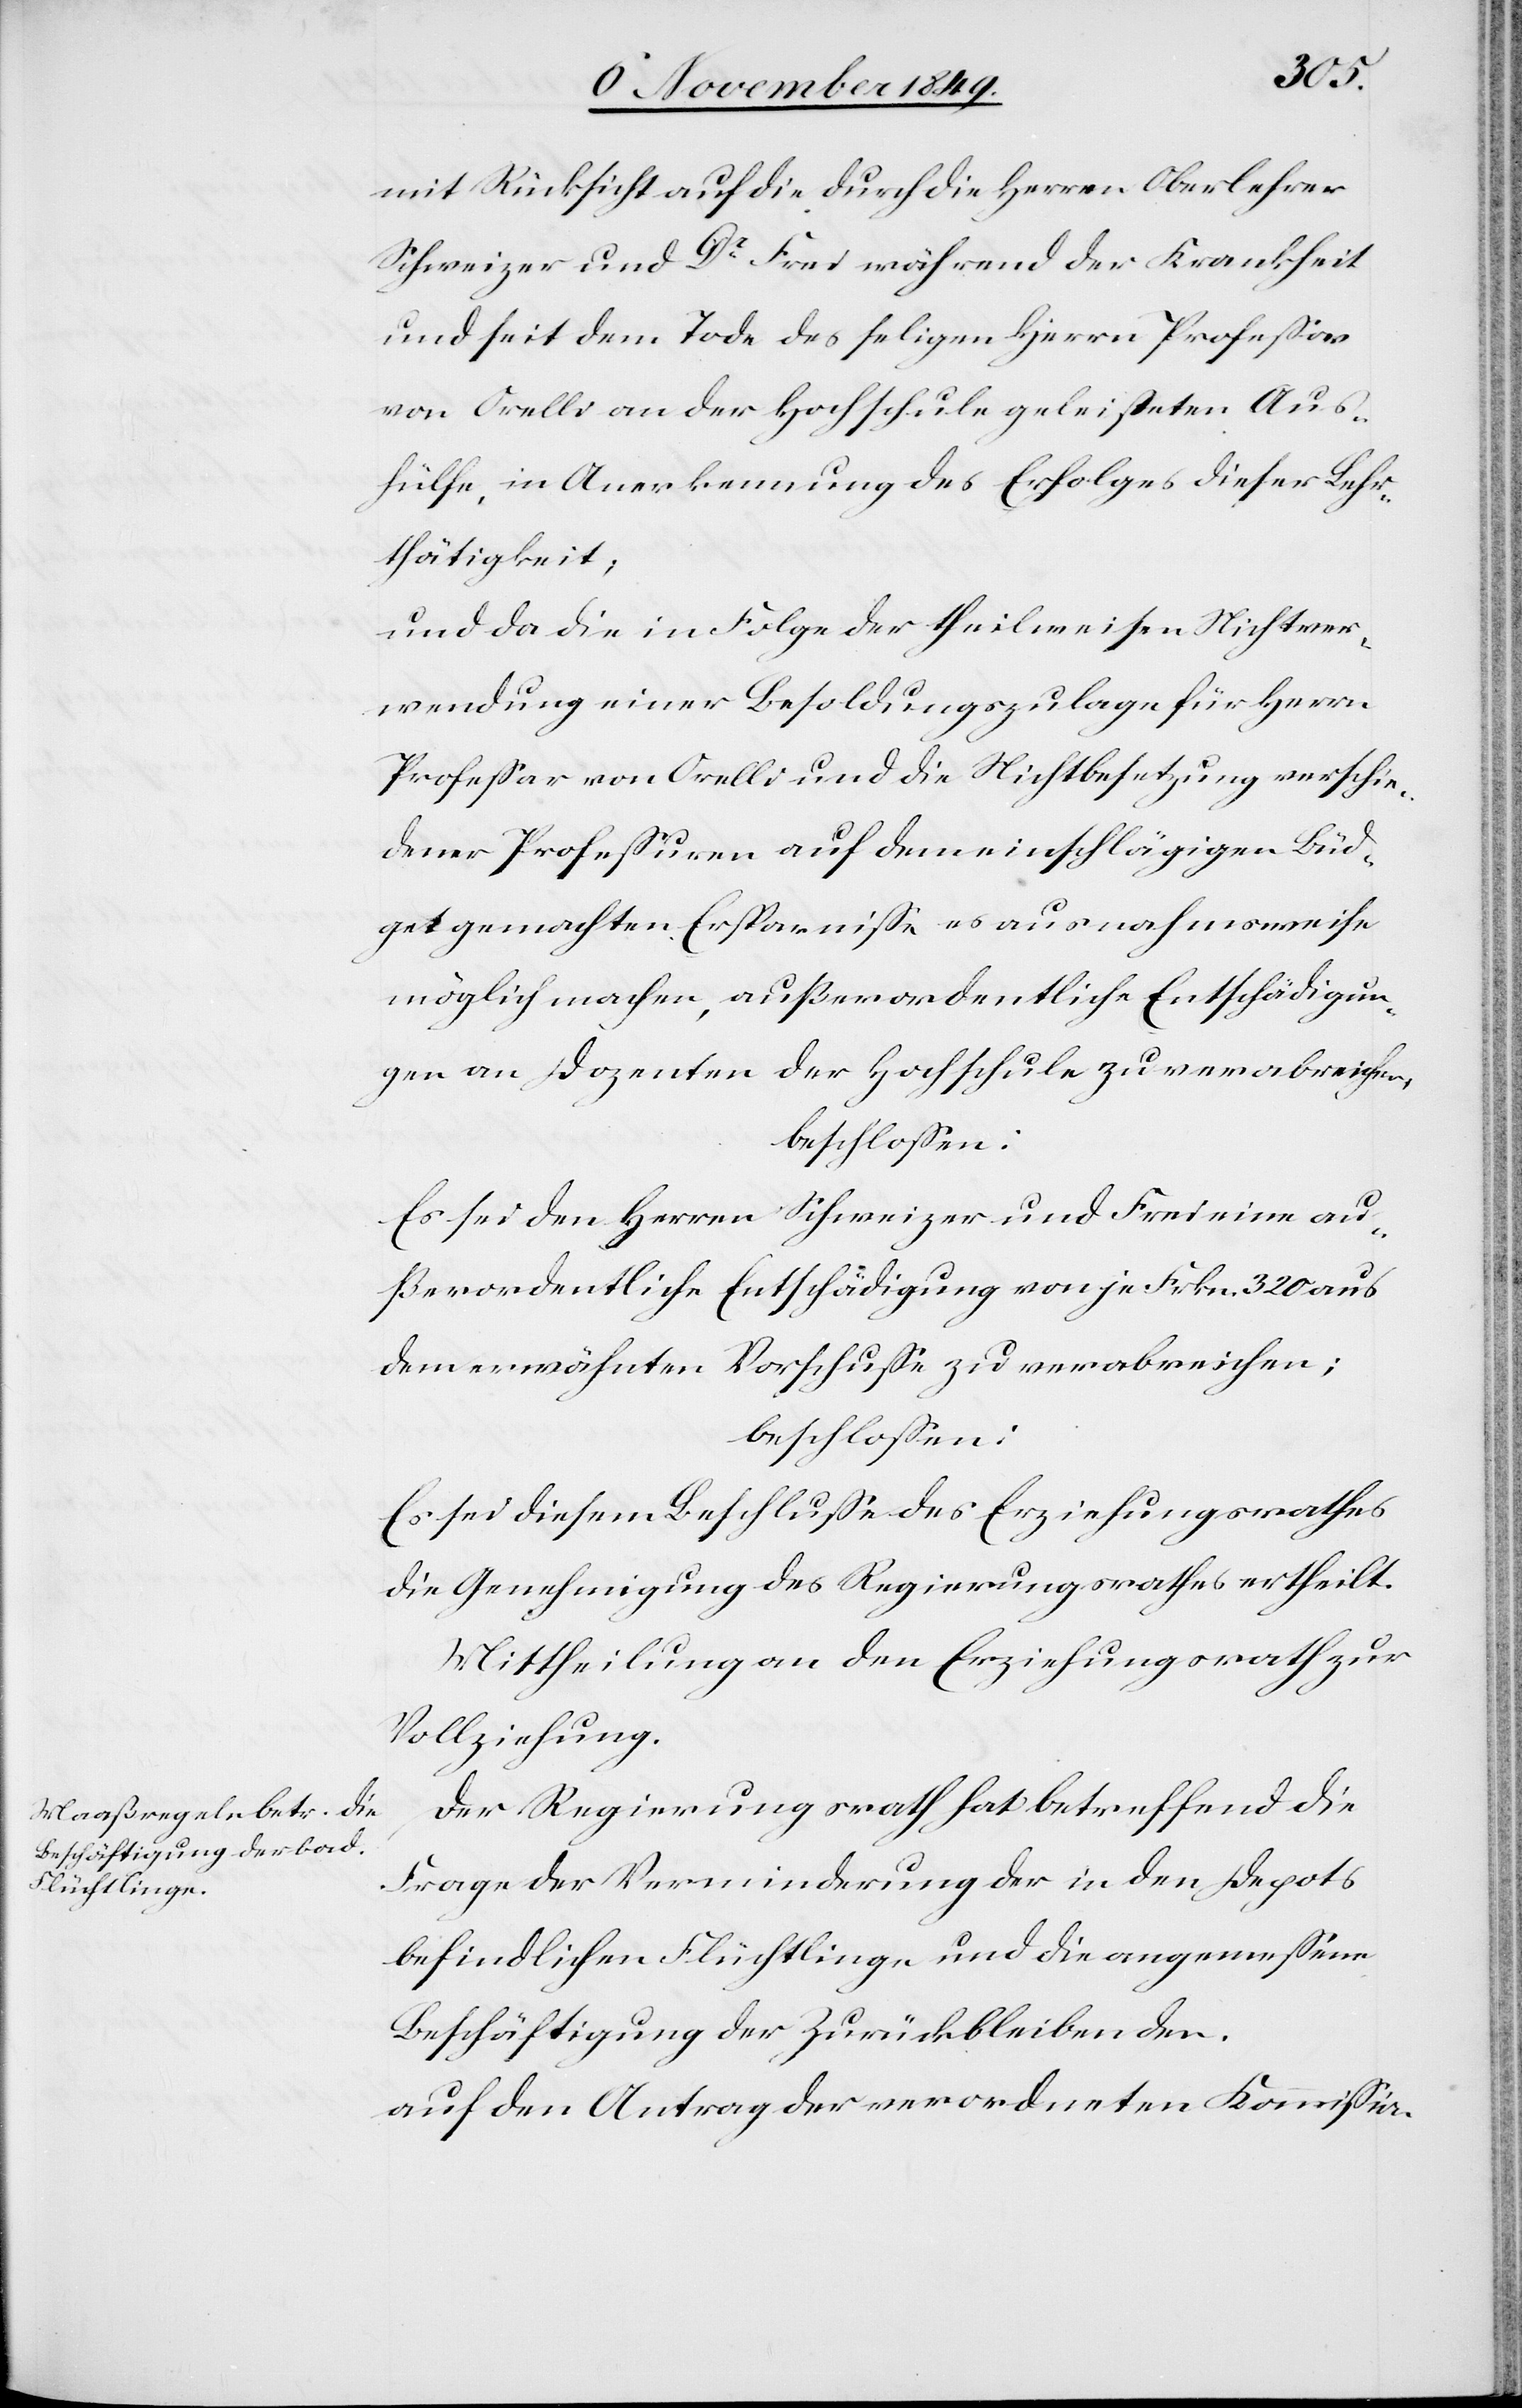
mit Rücksicht auf die durch die Herren Oberlehrer
Schweizer und Dr Frei währen der Krankheit
und seit dem Tode des seligen Herrn Profeßor
von Orelli an der Hochschule geleisteten Aus¬
hülfe, in Anerkennung des Erfolges dieser Lehr¬
thätigkeit;
und da die in Folge der theilweisen Nichtver¬
wendung einer Besoldungszulage für Herrn
Profeßor von Orelli und die Nichtbenutzung verschie¬
dener Profeßuren auf dem einschlägigen Büd¬
get gemachten Ersparniße es ausnahmsweise
möglich machen, außerordentliche Entschädigun¬
gen an Dozenten der Hochschule zu verabreichen,
beschloßen:
Es sei dem Herrn Schweizer und Frei eine au¬
ßerordentliche Entschädigung von je Frkn. 320 aus
dem erwähnten Vorschuße zu verabreichen;
beschloßen:
Es sei diesem Beschluß des Erziehungsrathes
die Genehmigung des Regierungsrathes ertheilt.
Mittheilung an den Erziehungsrath zur
Vollziehung.
Der Regierungsrath hat betreffend die
Frage der Verwendung der in den Depots
befindlichen Flüchtlinge und die angemeßene
Beschäftigung der Zurückbleibenden.
auf den Antrag der verordneten Kommißion